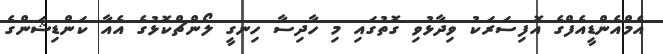
އެމްއެންޑީއެފްގެ އޮފިސަރަކު ވިދާޅުވި ގޮތުގައި މި ހާދިސާ ހިނގީ ލޯންޗްކޮޅުގެ އެއާ ކަންޑިޝަންގެ